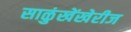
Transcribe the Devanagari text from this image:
साळुंखेंखेरीज